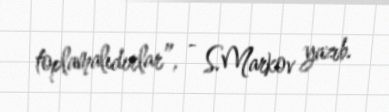
toplamalıdırlar”, - S.Markov yazıb.